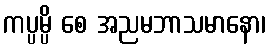
ကပ္ပမ္ပိ စေ အညမဘာသမာနော၊